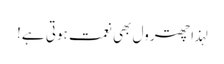
لہذا چھترول بھی نعمت ہوتی ہے!